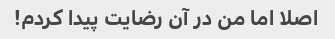
اصلا اما من در آن رضایت پیدا کردم!